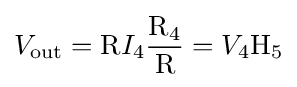
V_{\mathrm {out} }=\mathrm {R} I_{4}{\frac {\mathrm {R_{4}} }{\mathrm {R} }}=V_{4}\mathrm {H_{5}}